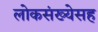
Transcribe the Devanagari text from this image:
लोकसंख्येसह